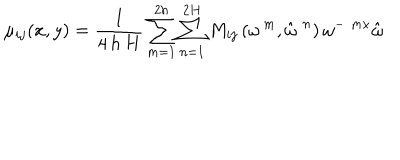
LaTeX: \mu _ { i j } ( x , y ) = \frac { 1 } { 4 \, h \, H } \sum _ { m = 1 } ^ { 2 h } \sum _ { n = 1 } ^ { 2 H } M _ { i j } \left( \omega ^ { \, m } , \hat { \omega } ^ { \, \, n } \right) \omega ^ { - \, \, m x } \hat { \omega }